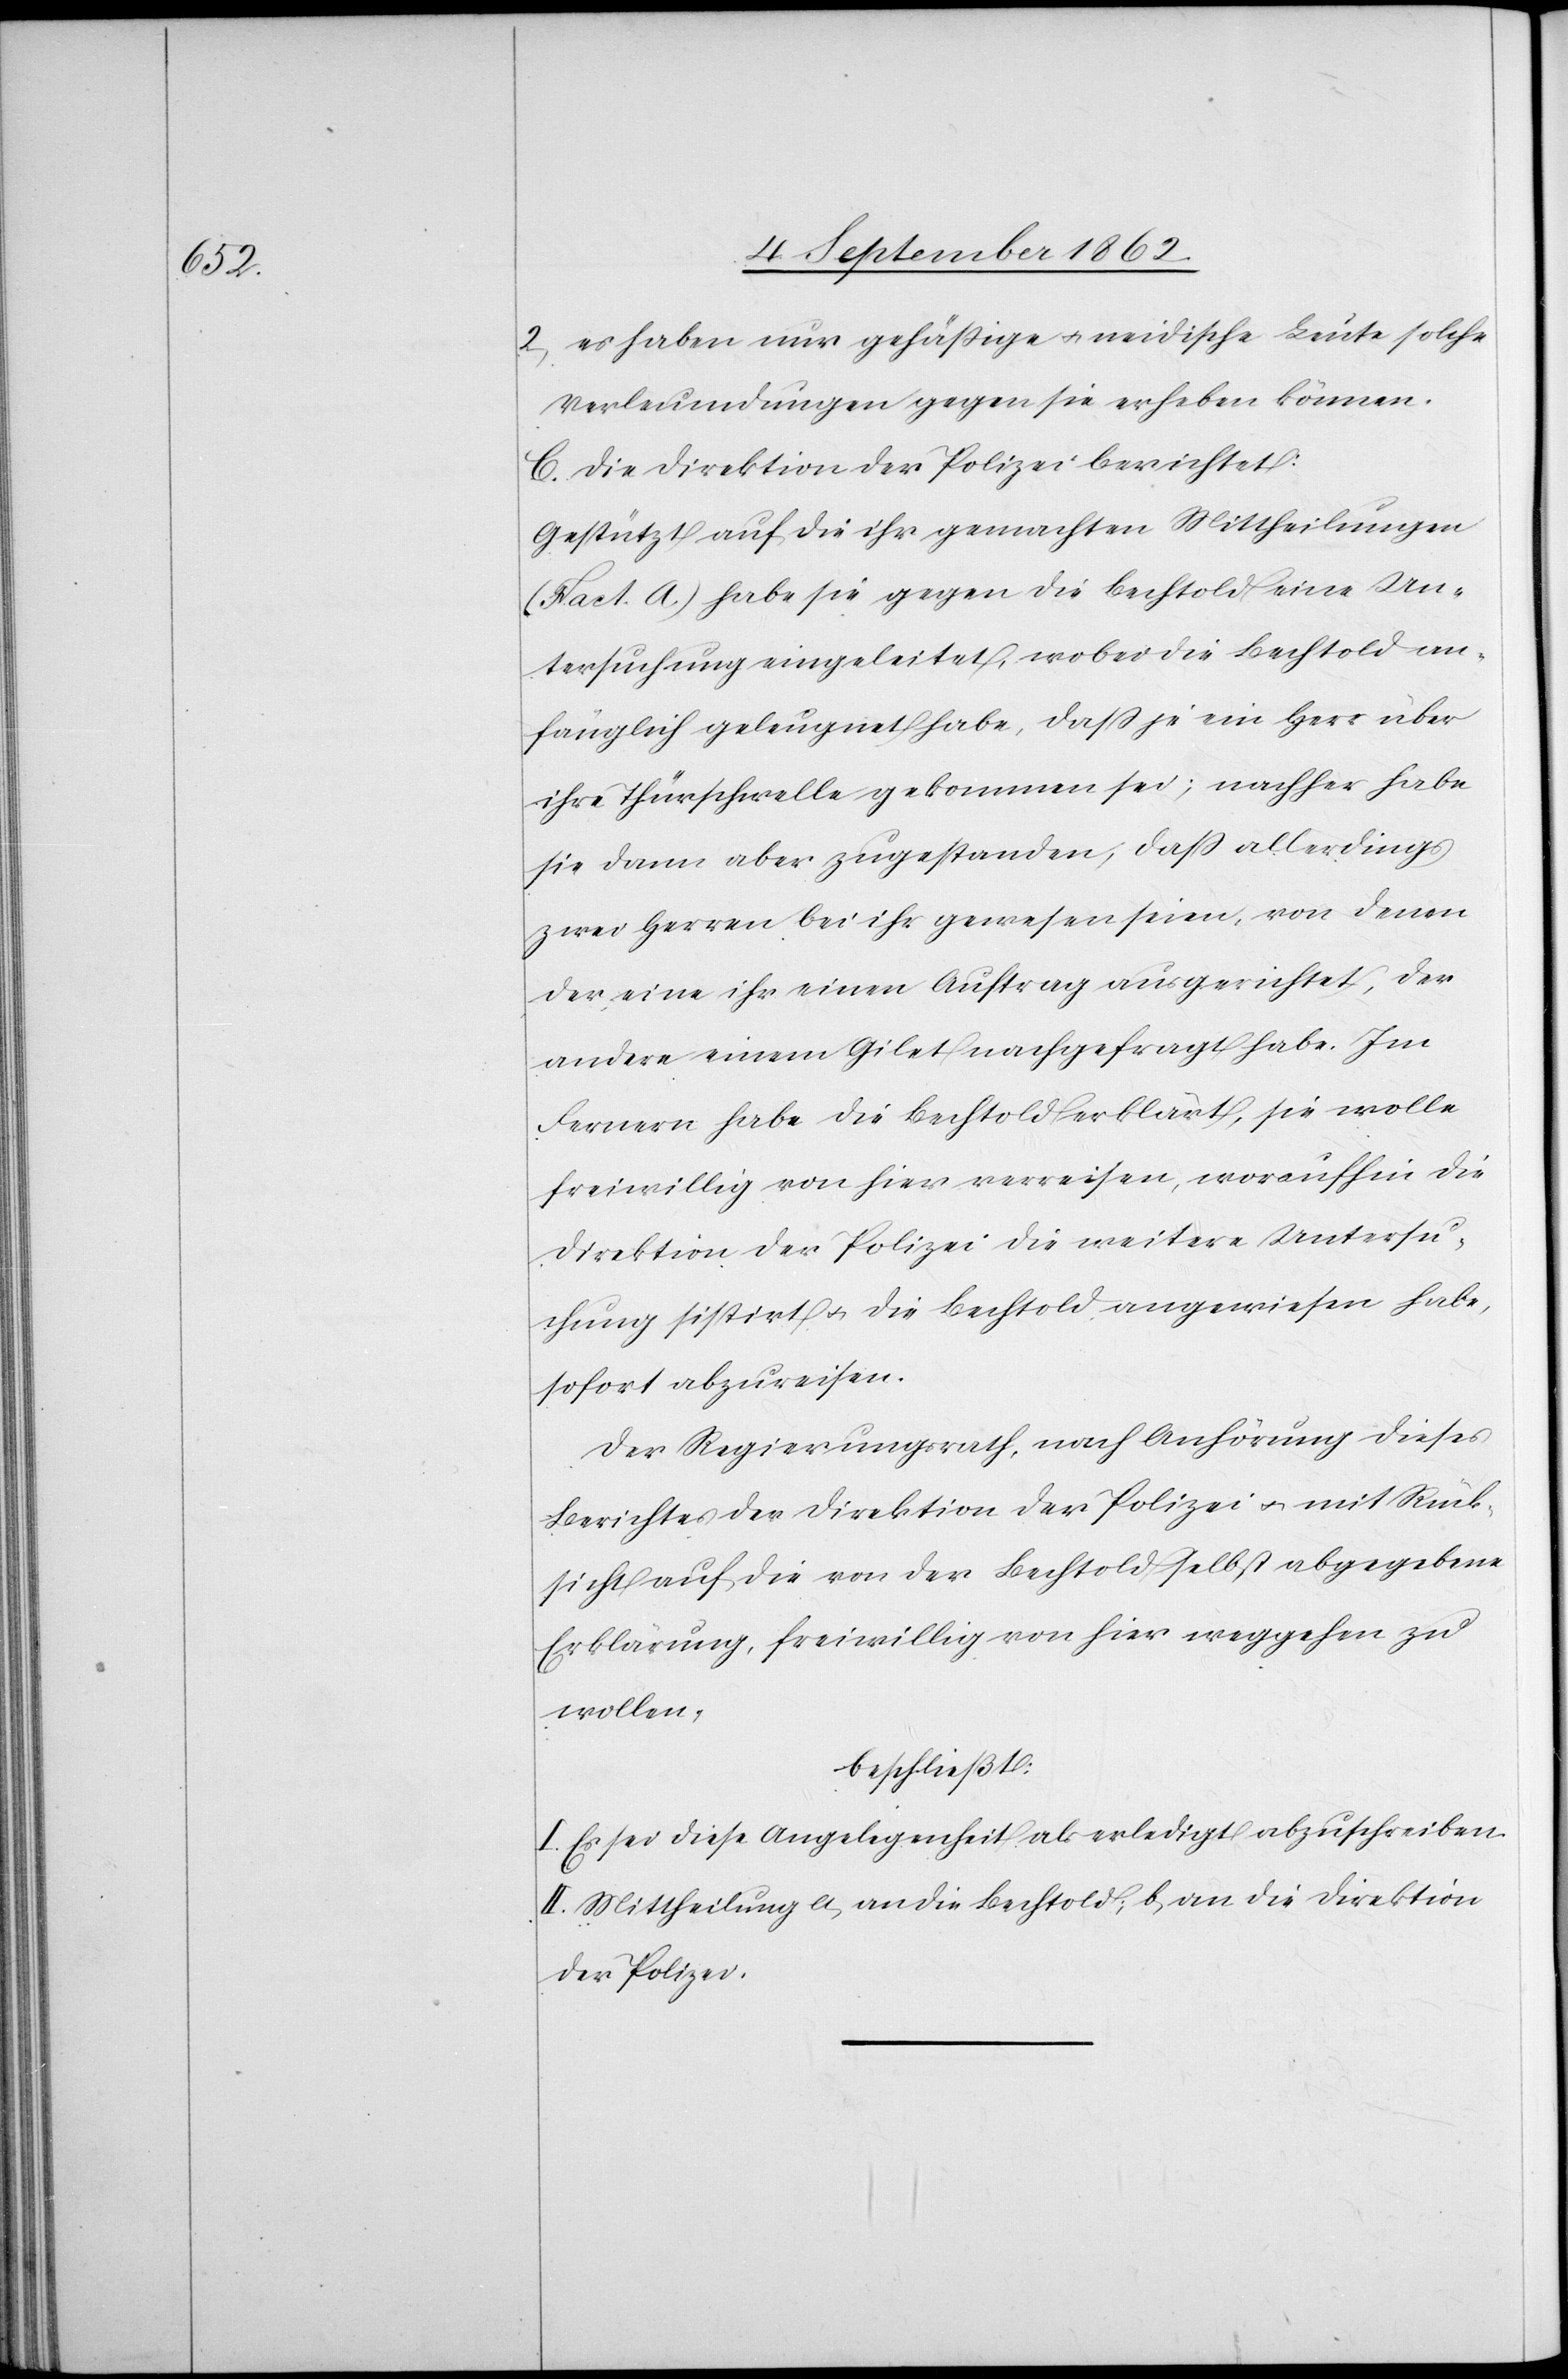
2. es haben nur gehäßige u. neidische Leute solche
Verleumdungen gegen sie erheben können.
C. Die Direktion der Polizei berichtet:
Gestützt auf die ihr gemachten Mittheilungen
(Fact. A.) habe sie gegen die Bechtold eine Un¬
tersuchung eingeleitet, wobei die Bechtold an¬
fänglich geleugnet habe, daß je ein Herr über
ihre Thürschwelle gekommen sei; nachher habe
sie dann aber zugestanden, daß allerdings
zwei Herren bei ihr gewesen seien, von denen
der eine ihr einen Auftrag ausgerichtet, der
andere einem Gilet nachgefragt habe. Im
Fernern habe die Bechtold erklärt, sie wolle
freiwillig von hier verreisen, woraufhin die
Direktion der Polizei die weitere Untersu¬
chung sistirt u. die Bechtold angewiesen habe,
sofort abzureisen.
Der Regierungsrath, nach Anhörung dieses
Berichtes der Direktion der Polizei u. mit Rück¬
sicht auf die von der Bechtold selbst abgegebene
Erklärung, freiwillig von hier weggehen zu
wollen,
beschließt:
I. Es sei diese Angelegenheit als erledigt abzuschreiben.
II. Mittheilung a. an die Bechtold; b. an die Direktion
der Polizei.